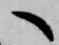
へ